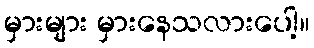
မှားများ မှားနေသလားပေါ့။